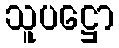
သူပဋ္ဌော